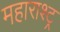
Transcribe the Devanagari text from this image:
महाराश्ट्र